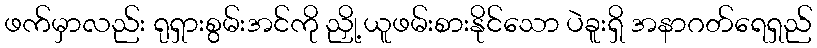
ဖက်မှာလည်း ရုရှားစွမ်းအင်ကို ညှို့ယူဖမ်းစားနိုင်သော ပဲခူးရှိ အနာဂတ်ရေရှည်